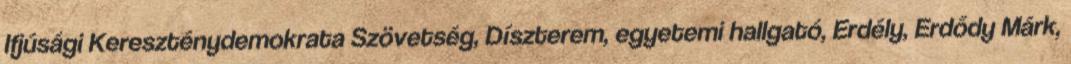
Ifjúsági Kereszténydemokrata Szövetség, Díszterem, egyetemi hallgató, Erdély, Erdődy Márk,